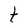
Character: t